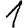
Digit: 1